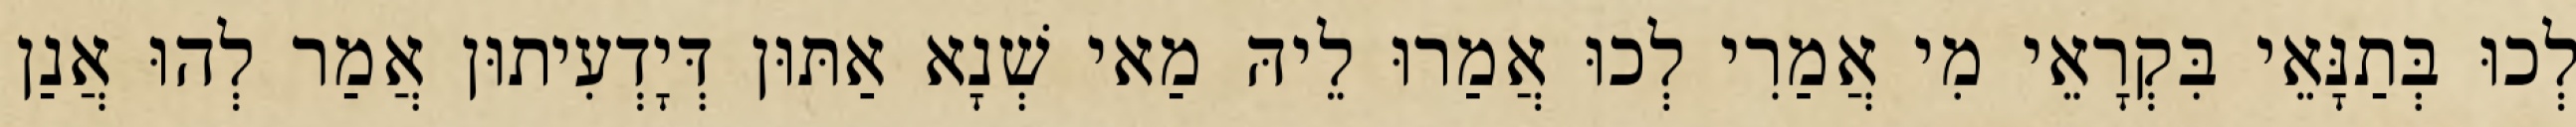
לְכוּ בְּתַנָּאֵי בִּקְרָאֵי מִי אֲמַרִי לְכוּ אֲמַרוּ לֵיהּ מַאי שְׁנָא אַתּוּן דְּיָדְעִיתוּן אֲמַר לְהוּ אֲנַן